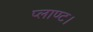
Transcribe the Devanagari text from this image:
प्लाण्ट।